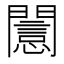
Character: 𨶡